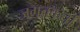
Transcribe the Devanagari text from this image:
जगतकर्ता